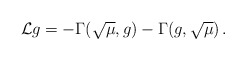
\begin{align*} \mathcal{L}g=-\Gamma(\sqrt{\mu}, g)-\Gamma(g, \sqrt{\mu})\,.\end{align*}